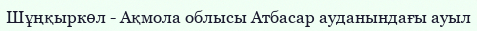
Шұңқыркөл - Ақмола облысы Атбасар ауданындағы ауыл